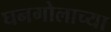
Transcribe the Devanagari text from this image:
घनगोलाच्या